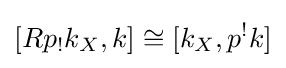
[Rp_{!}k_{X},k]\cong [k_{X},p^{!}k]